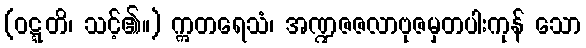
(ဝဋ္ဋတိ၊ သင့်၏။) ဣတရေသံ၊ အဏ္ဍဇဇလာဗုဇမှတပါးကုန် သော